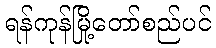
ရန်ကုန်မြို့တော်စည်ပင်